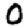
Digit: 0